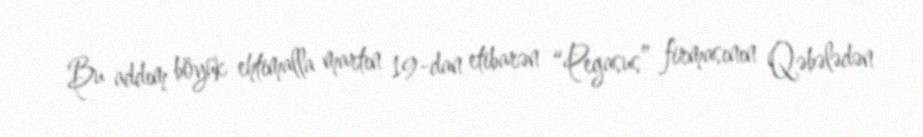
Bu addım böyük ehtimalla martın 19-dan etibarən “Pegasus” firmasının Qəbələdən